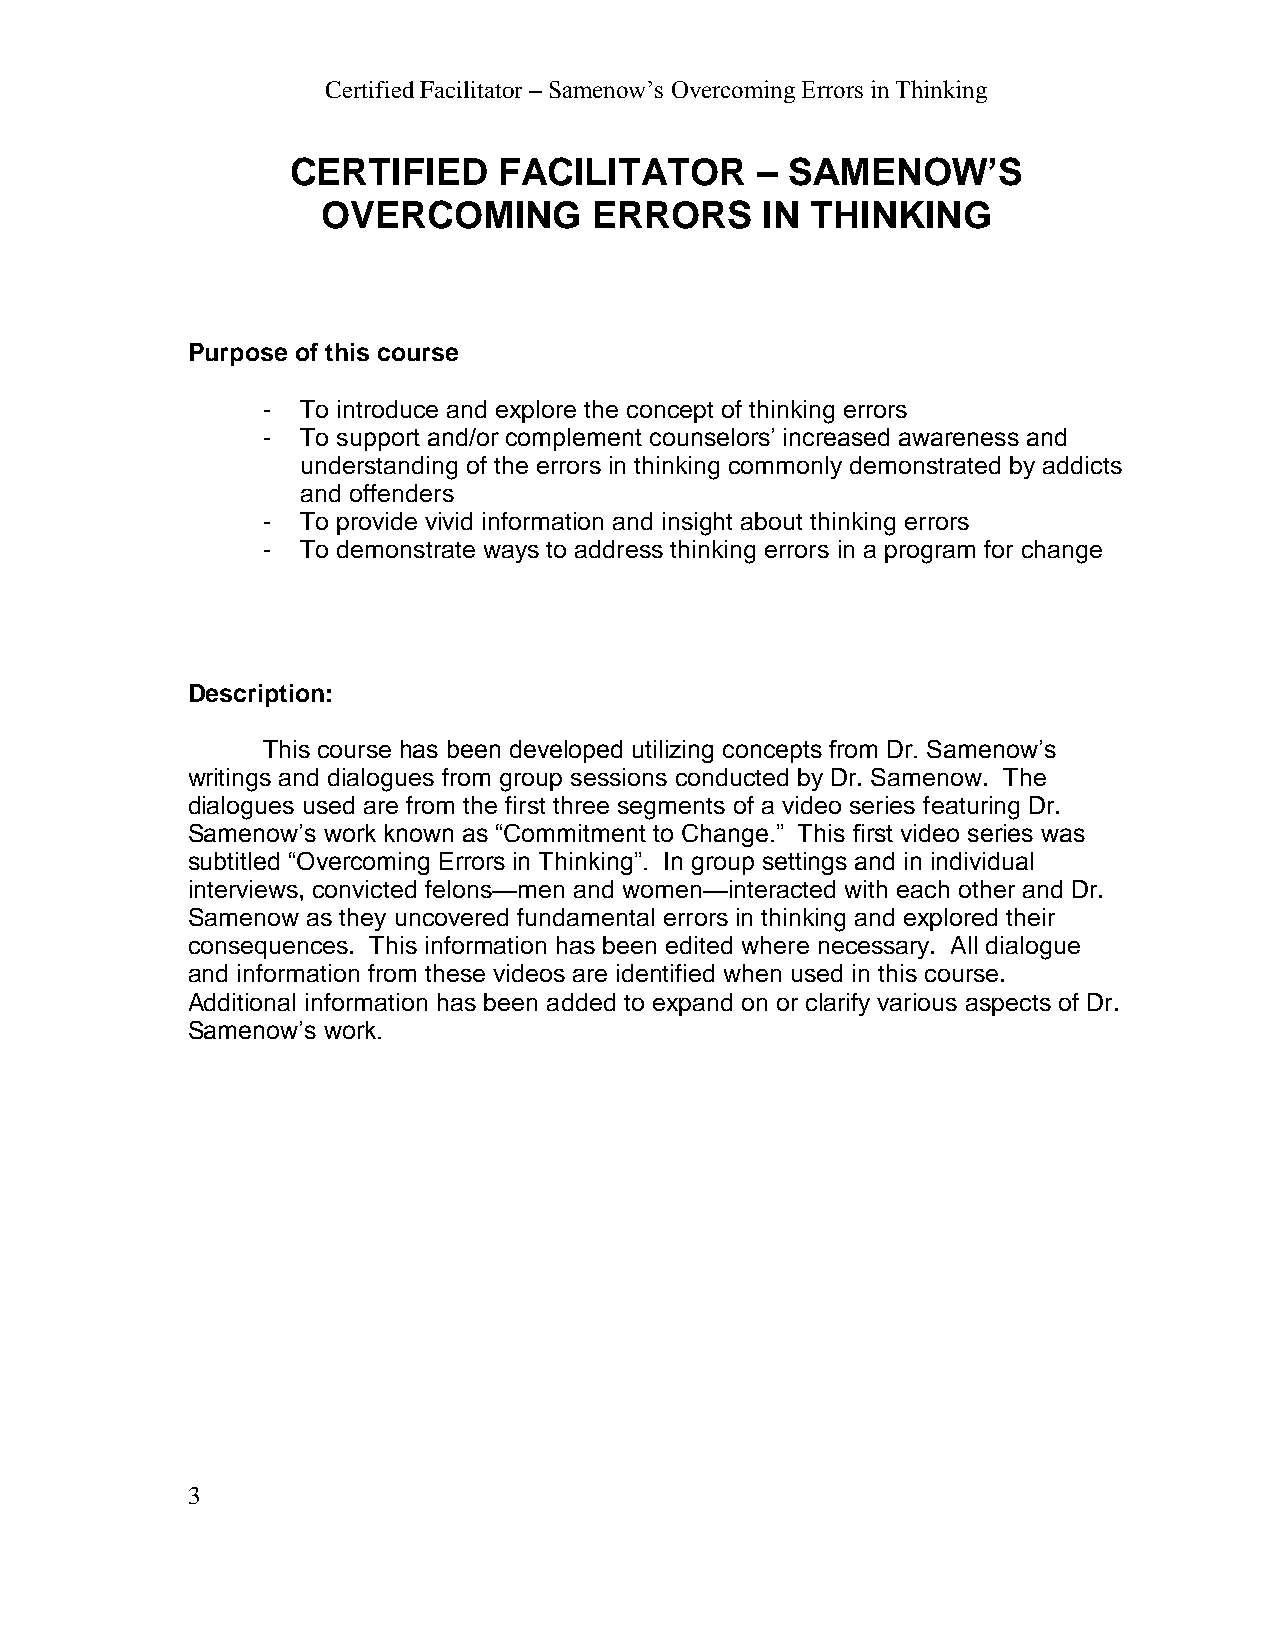
Certified Facilitator – Samenow’s Overcoming Errors in Thinking
 CERTIFIED     FACILITATOR      – SAMENOW’S
 OVERCOMING        ERRORS     IN  THINKING
 Purpose of this course
 -  To introduce and explore the concept of thinking errors
 -  To support and/or complement counselors’ increased awareness and
 understanding of the errors in thinking commonly demonstrated by addicts
 and offenders
 -  To provide vivid information and insight about thinking errors
 -  To demonstrate ways to address thinking errors in a program for change
 Description:
 This course has been developed utilizing concepts from Dr. Samenow’s
 writings and dialogues from group sessions conducted by Dr. Samenow. The
 dialogues used are from the first three segments of a video series featuring Dr.
 Samenow’s work known as “Commitment to Change.” This first video series was
 subtitled “Overcoming Errors in Thinking”. In group settings and in individual
 interviews, convicted felons—men and women—interacted with each other and Dr.
 Samenow as they uncovered fundamental errors in thinking and explored their
 consequences. This information has been edited where necessary. All dialogue
 and information from these videos are identified when used in this course.
 Additional information has been added to expand on or clarify various aspects of Dr.
 Samenow’s work.
 3